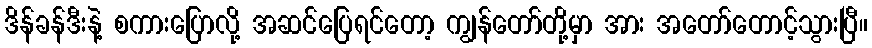
ဒိန်ခန်ဒီးနဲ့ စကားပြောလို့ အဆင်ပြေရင်တော့ ကျွန်တော်တို့မှာ အား အတော်တောင့်သွားပြီ။